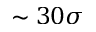
\sim 3 0 \sigma